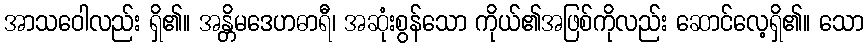
အာသဝေါလည်း ရှိ၏။ အန္တိမဒေဟဓာရီ၊ အဆုံးစွန်သော ကိုယ်၏အဖြစ်ကိုလည်း ဆောင်လေ့ရှိ၏။ သော